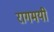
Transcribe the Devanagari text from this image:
रागमयी